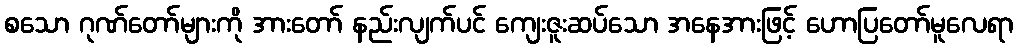
စသော ဂုဏ်တော်များကို အားတော် နည်းလျက်ပင် ကျေးဇူးဆပ်သော အနေအားဖြင့် ဟောပြတော်မူလေရာ